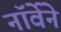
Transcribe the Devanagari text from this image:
नॉर्वेने